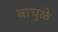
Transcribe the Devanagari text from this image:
वाघुळे